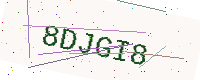
Text: 8DJGI8